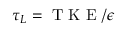
\tau _ { L } = \textrm { T K E } / \epsilon